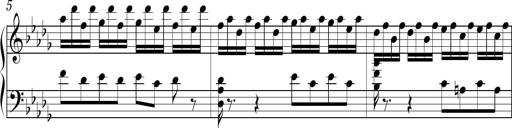
Title: Ten Piano Sonatinas
Composer: Andreas Sain